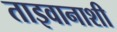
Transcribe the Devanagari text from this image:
ताइवानाशी